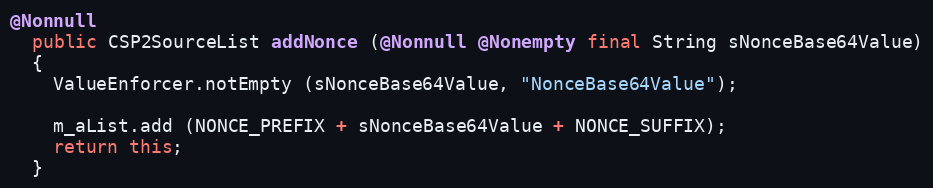
Language: Java
@Nonnull
  public CSP2SourceList addNonce (@Nonnull @Nonempty final String sNonceBase64Value)
  {
    ValueEnforcer.notEmpty (sNonceBase64Value, "NonceBase64Value");

    m_aList.add (NONCE_PREFIX + sNonceBase64Value + NONCE_SUFFIX);
    return this;
  }